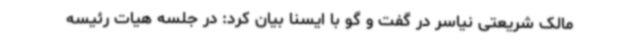
مالک شریعتی نیاسر در گفت و گو با ایسنا بیان کرد: در جلسه هیات رئیسه